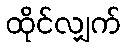
ထိုင်လျှက်